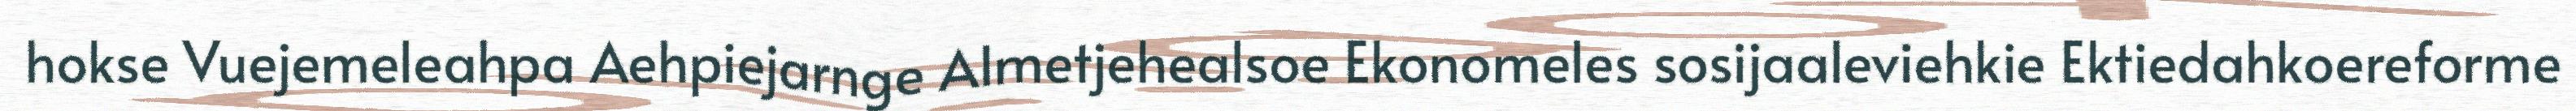
hokse Vuejemeleahpa Aehpiejarnge Almetjehealsoe Ekonomeles sosijaaleviehkie Ektiedahkoereforme